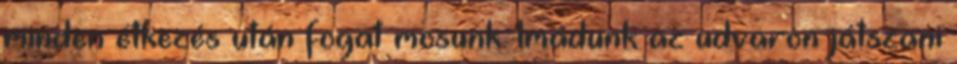
minden étkezés után fogat mosunk. Imádunk az udvaron játszani